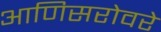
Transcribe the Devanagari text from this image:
आणिसरोवरे